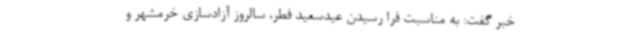
خبر گفت: به مناسبت فرا رسیدن عیدسعید فطر، سالروز آزادسازی خرمشهر و